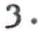
3.